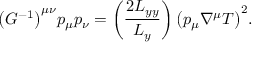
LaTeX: \bigl ( G ^ { - 1 } \bigr ) ^ { \mu \nu } p _ { \mu } p _ { \nu } = \left( \frac { 2 L _ { y y } } { L _ { y } } \right) \bigl ( p _ { \mu } \nabla ^ { \mu } T \bigr ) ^ { 2 } .